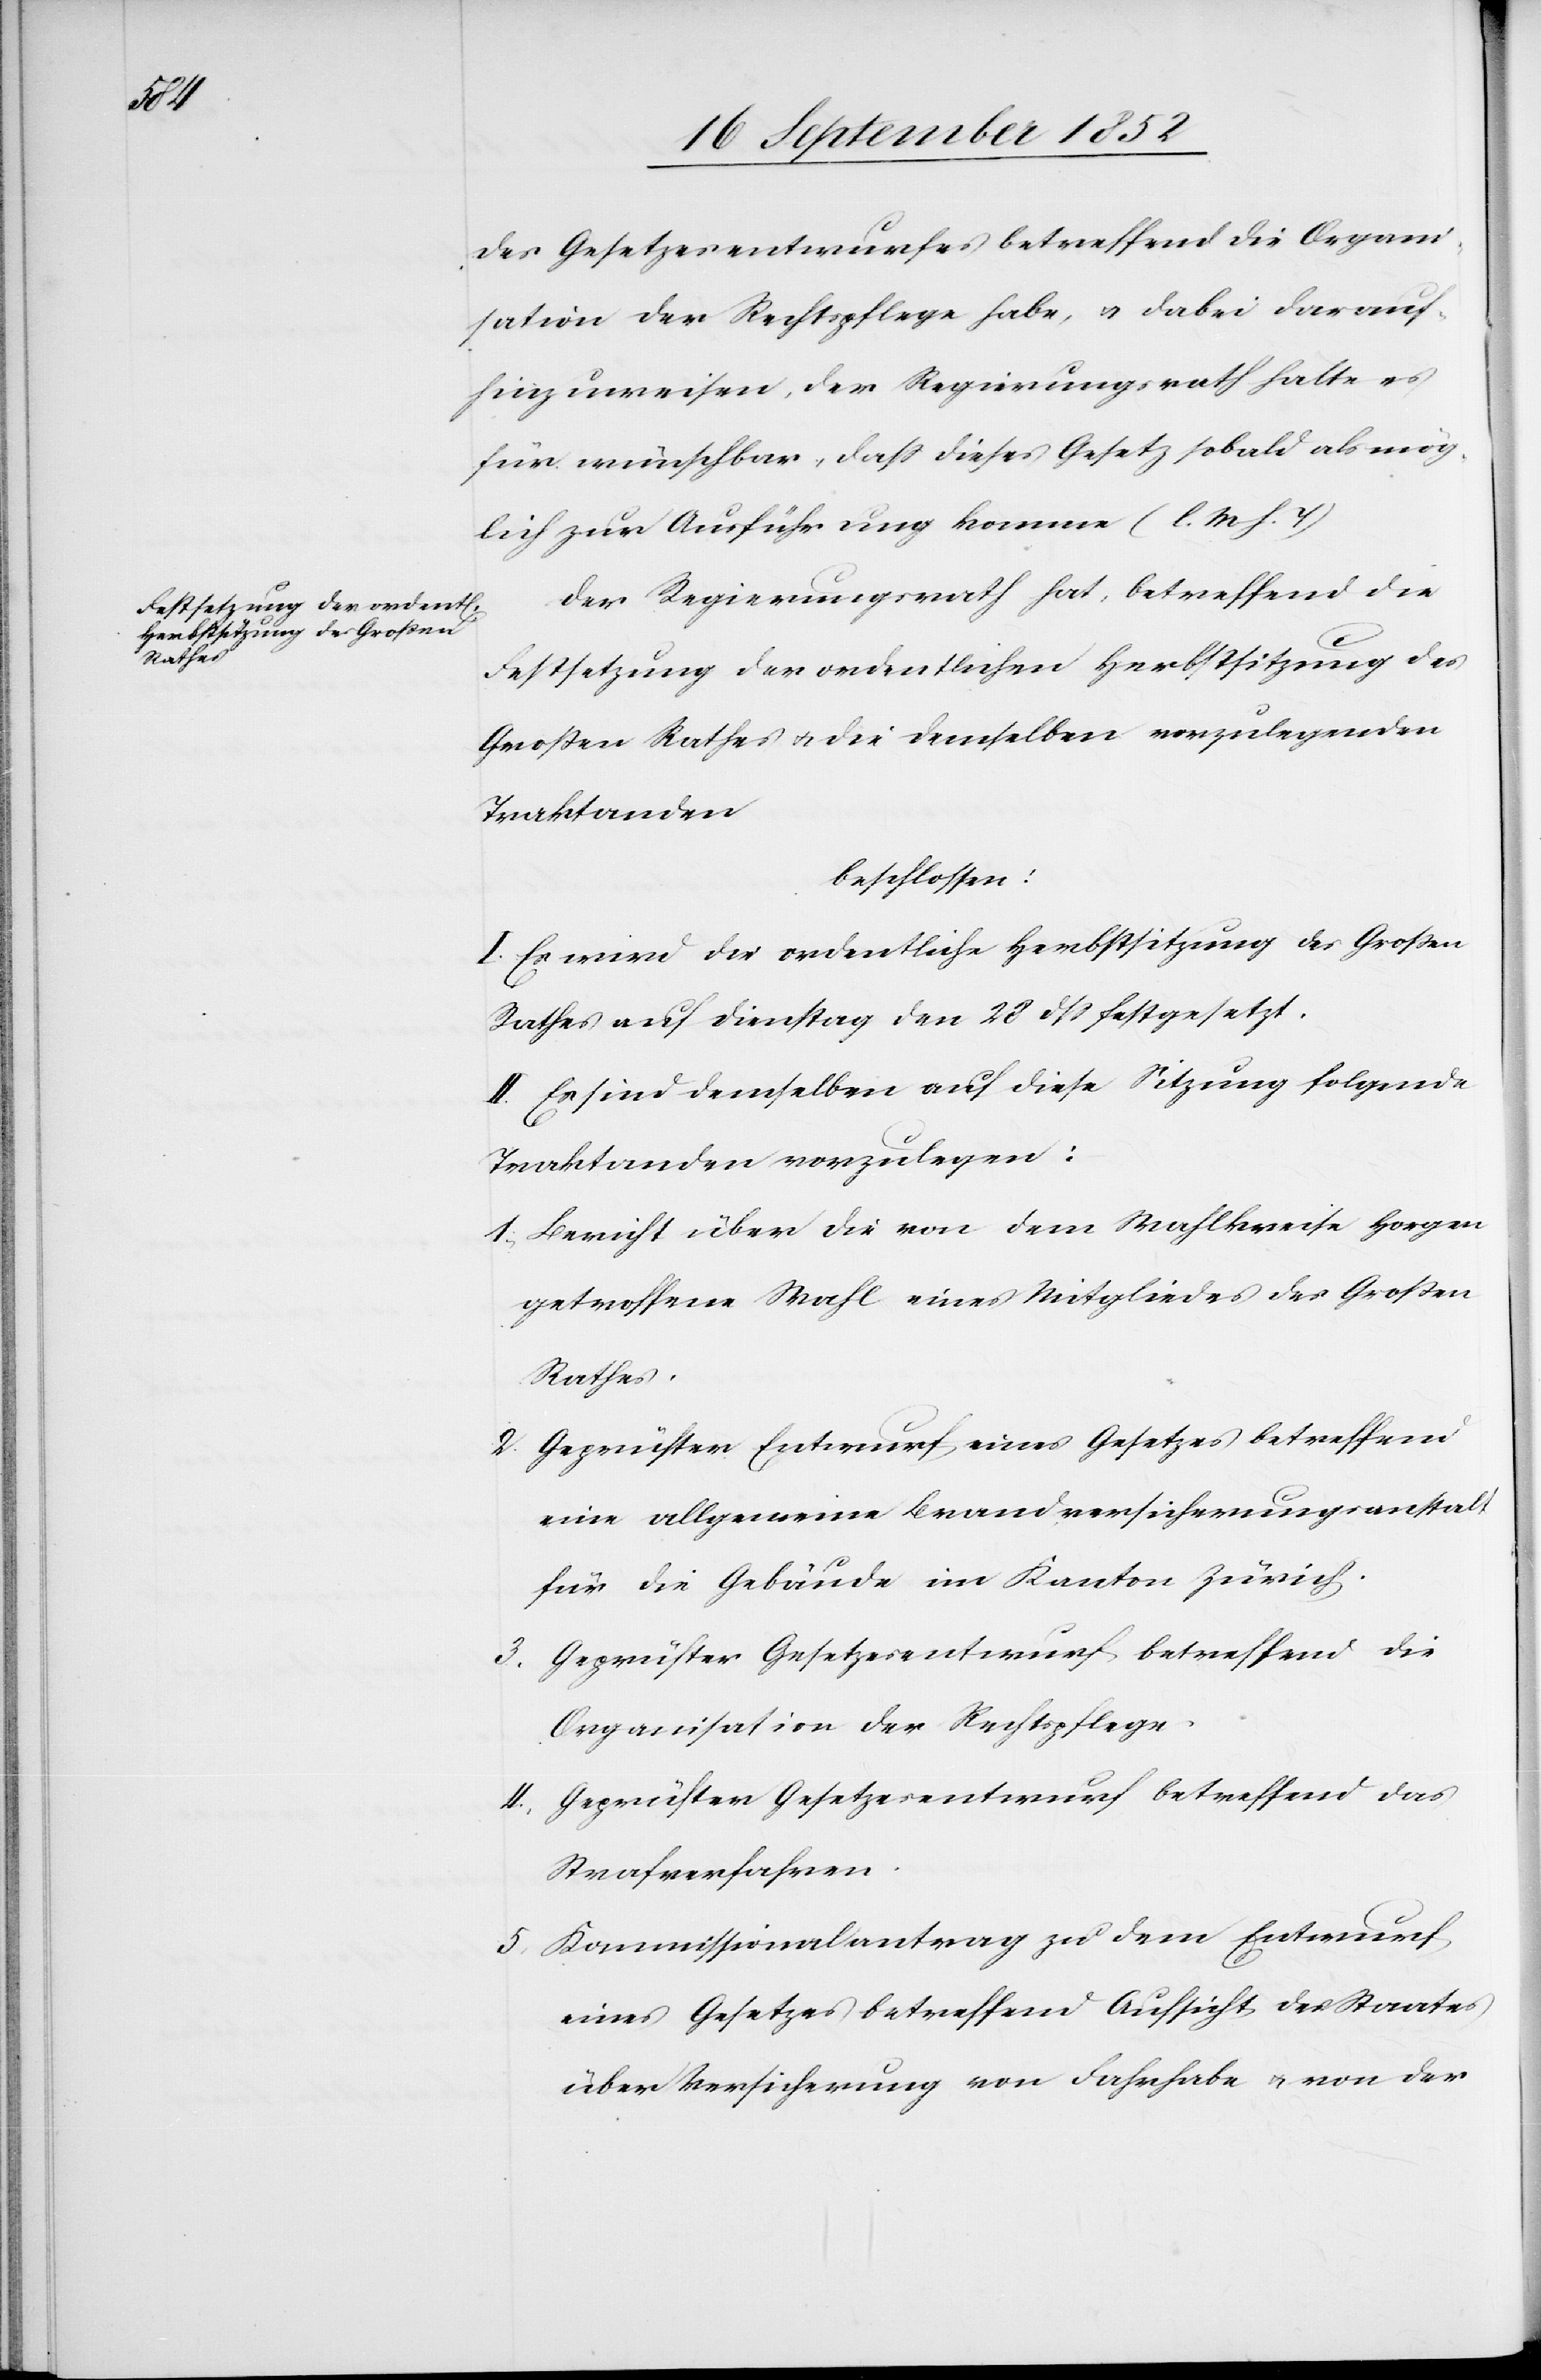
des Gesetzesentwurfes betreffend die Organi¬
sation der Rechtspflege habe, & dabei darauf
hinzuweisen, der Regierungsrath halte es
für wünschbar, dass dieses Gesetz sobald als mög¬
lich zur Ausführung komme (l. M h. T)[.]
Der Regierungsrath hat, betreffend die
Festsetzung der ordentlichen Herbstsitzung des
Großen Rathes & die demselben vorzulegenden
Traktanden
beschlossen:
I. Es wird die ordentliche Herbstsitzung des Großen
Rathes auf Dienstag den 28 dss festgesetzt.
II. Es sind demselben auf diese Sitzung folgende
Traktanden vorzulegen:
Bericht über die von dem Wahlkreise Horgen
getroffene Wahl eines Mitgliedes des Großen
Rathes.
Geprüfter Entwurf eines Gesetzes betreffend
eine allgemeine Brandversicherungsanstalt
für die Gebäude im Kanton Zürich.
Geprüfter Gesetzesentwurf betreffend die
Organisation der Rechtspflege.
Geprüfter Gesetzesentwurf betreffend das
Strafverfahren.
Kommissionalantrag zu dem Entwurf
eines Gesetzes betreffend Aufsicht des Staates
über Versicherung von Fahrhabe & von der